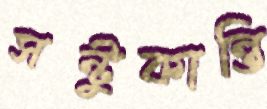
সন্টুকান্তি